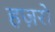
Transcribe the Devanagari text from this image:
हज़रों